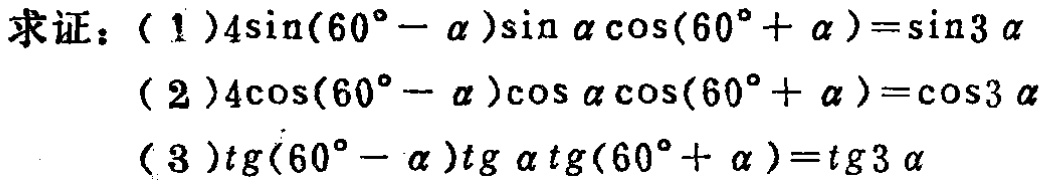
求证：

(1) \(4\sin(60^{\circ}-\alpha)\sin\alpha\cos(60^{\circ}+\alpha)=\sin3\alpha\)

(2) \(4\cos(60^{\circ}-\alpha)\cos\alpha\cos(60^{\circ}+\alpha)=\cos3\alpha\)

(3) \(\tan(60^{\circ}-\alpha)\tan\alpha\tan(60^{\circ}+\alpha)=\tan3\alpha\)